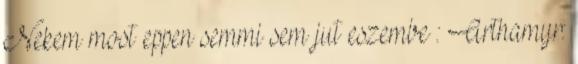
Nekem most eppen semmi sem jut eszembe : Arthamyr: